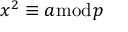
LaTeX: x ^ { 2 } \equiv a { \bmod { p } }